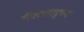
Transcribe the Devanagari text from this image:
ईश्वरवाददूषण